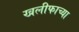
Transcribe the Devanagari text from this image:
खलीफाच्या